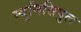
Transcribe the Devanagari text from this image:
म्युनिसिपुल